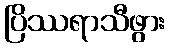
ပြိဿရာသီဖွား